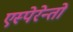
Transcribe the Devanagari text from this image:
एस्पेरेन्तो